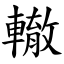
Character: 轍